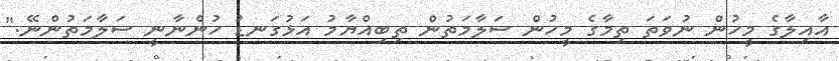
އާއިލާގެ މީހުން ނުވަތަ ތިމާގެ މީހުން ސަލާމަތުން ތިބިއްޔާމު އަޅުގަނޑު ހުންނާނީ ސަލާމަތުންނޭ."